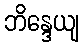
ဘိန္ဒေယျ